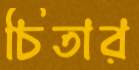
চিতার